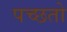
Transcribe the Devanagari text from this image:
पच्छतो